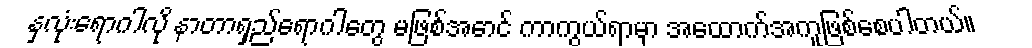
နှလုံးရောဂါလို နာတာရှည်ရောဂါတွေ မဖြစ်အောင် ကာကွယ်ရာမှာ အထောက်အကူဖြစ်စေပါတယ်။